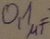
Text: 0,1µF